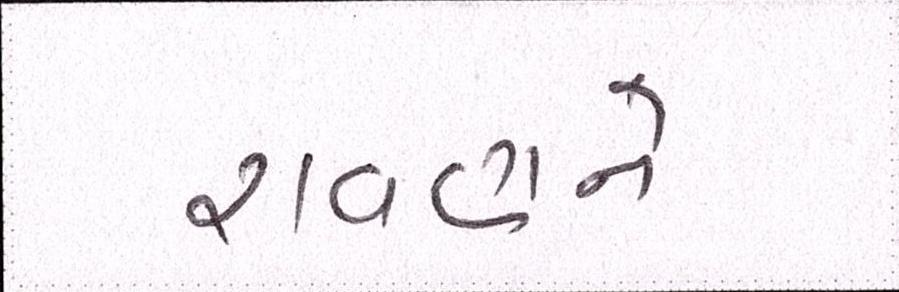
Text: રાવણને